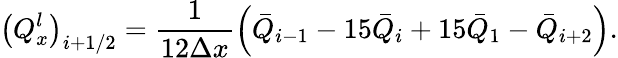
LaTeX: {{\left(Q_{x}^{l}\right)}_{i+1/2}}=\frac{1}{12\Delta x}\left({{{\bar{Q}}}_{i-1}}-15{{{\bar{Q}}}_{i}}+15{{{\bar{Q}}}_{1}}-{{{\bar{Q}}}_{i+2}}\right).